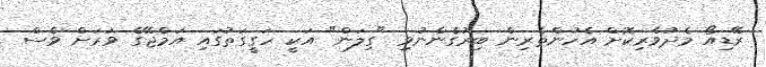
ރޭޑިއޯ މެދުވެރިކޮށް އެހުންތެރިން ބިރުގެންނުވި "ގިލަން" އަކީ ހަގީގަތުގައި އަމްޖޭގެ ވަރަށް ވެސް